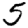
Digit: 5